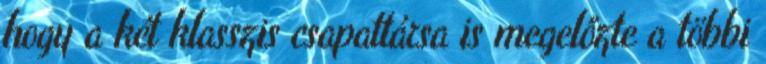
hogy a két klasszis csapattársa is megelőzte a többi